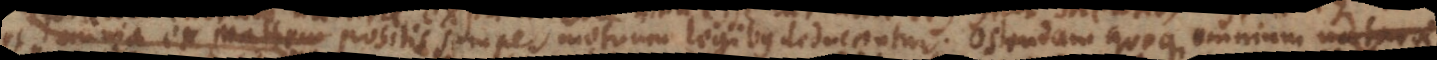
ex mathem positis semper motuum legibus deducantur. Ostendam quoque omnium r